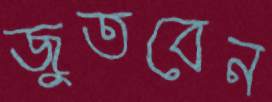
জুতবেন